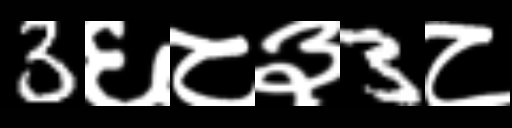
Text: 3६८३3८